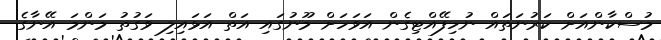
މުސްކާންއަށް ކަރުނަތައް ނުހިފޭއްޓިގެން އަވަހަށް މޫނުގައި އަތް އަޅައިލި ވަގުތު މަންމަ އޭނާގެ